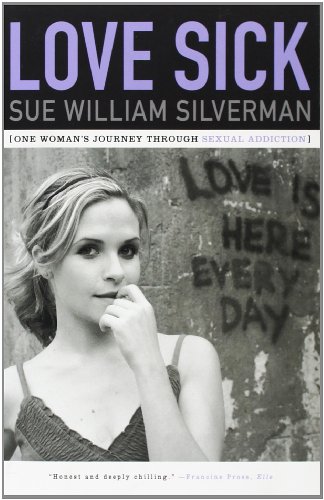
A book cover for Love Sick: One Woman's Journey through Sexual Addiction; Sue William Silverman; Health, Fitness & Dieting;